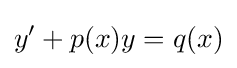
y'+p(x)y=q(x)